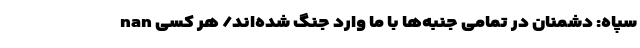
nan سپاه: دشمنان در تمامی جنبه‌ها با ما وارد جنگ شده‌اند/ هر کسی